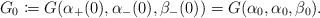
\begin{align*} G_0\coloneqq G(\alpha_{+}(0),\alpha_-(0),\beta_-(0))=G(\alpha_0,\alpha_0,\beta_0).\end{align*}